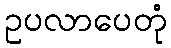
ဥပလာပေတုံ